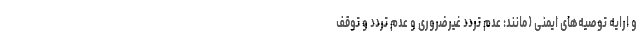
و ارایه توصیه‌های ایمنی (مانند: عدم تردد غیرضروری و عدم تردد و توقف